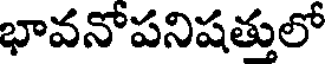
భావనోపనిషత్తులో